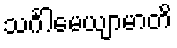
သင်္ဂါမေယျာမာတိ